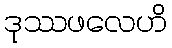
ဒုဿဖလေဟိ